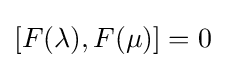
[F(\lambda ),F(\mu )]=0